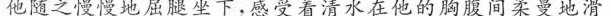
他随之慢慢地屈腿坐下，感受着清水在他的胸腹间柔曼地滑